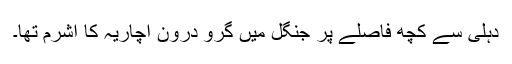
دہلی سے کچھ فاصلے پر جنگل میں گرو درون آچاریہ کا آشرم تھا۔